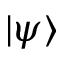
| \psi \rangle